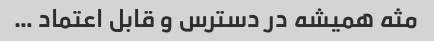
مثه همیشه در دسترس و قابل اعتماد …